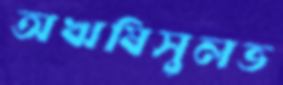
অঋষিসুলভ